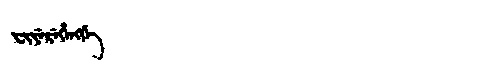
Manchu: ᠸᡳᠶᡝᡵᡝᡥᡝᠩᡤᡝ
Romanization: FIYEREHENGGE